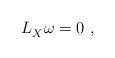
\begin{align*} L_X^{} \omega = 0~,\end{align*}